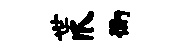
世爪衡